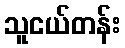
သူငယ်တန်း